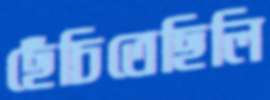
ছেঁচিতেছিলি